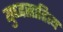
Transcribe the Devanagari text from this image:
युध्दसाहित्य